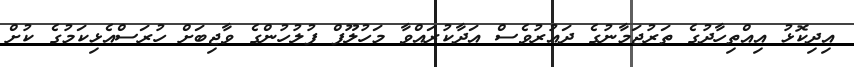
އިދިކޮޅު އިއްތިހާދުގެ ތަރުޖަމާނުގެ ދައުރުވެސް އަދާކުރައްވާ މަހުލޫފް ފުލުހުންގެ ވާޖިބަށް ހުރަސްއެޅިކަމުގެ ކުށް